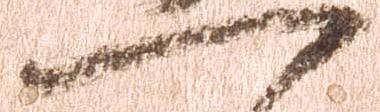
一